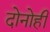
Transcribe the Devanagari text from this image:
दोनोही